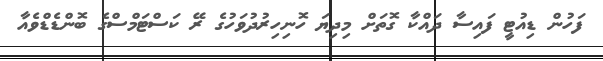
ފަހުން ޑިއުޓީ ފައިސާ ދައްކާ ގޮތަށް މިދިޔަ ހޮނިހިރުދުވަހުގެ ރޭ ކަސްޓަމްސްގެ ބޮންޑެޑްވެއާ